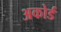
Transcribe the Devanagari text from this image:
अकोर्ड